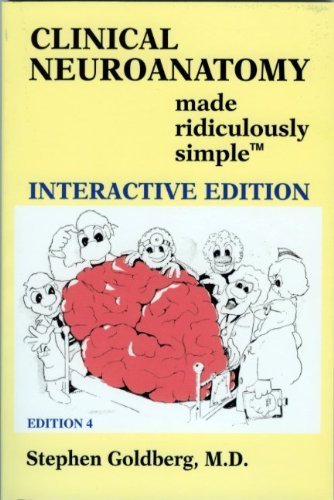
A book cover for Clinical Neuroanatomy Made Ridiculously Simple 4th Edition by Goldberg, Stephen published by MedMaster Inc Paperback; Medical Books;